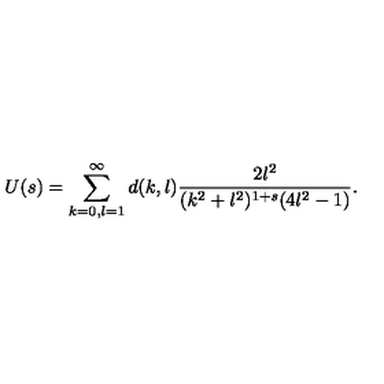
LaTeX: U ( s ) = \sum _ { k = 0 , l = 1 } ^ { \infty } d ( k , l ) \frac { 2 l ^ { 2 } } { ( k ^ { 2 } + l ^ { 2 } ) ^ { 1 + s } ( 4 l ^ { 2 } - 1 ) } .